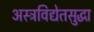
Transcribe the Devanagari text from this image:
अस्त्रविद्येतसुद्धा